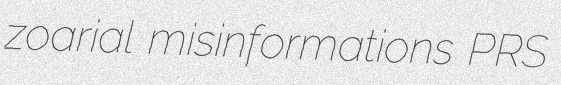
zoarial misinformations PRS